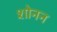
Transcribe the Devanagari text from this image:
शोनन